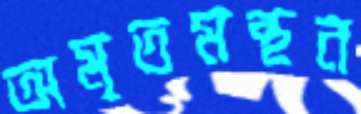
অমৃতমন্থন